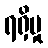
ရရှိမှု